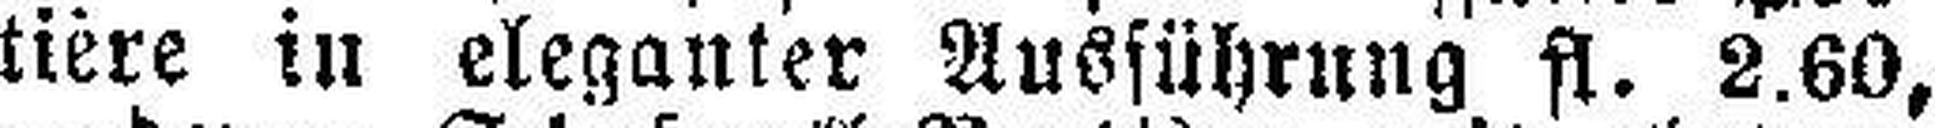
tière in eleganter Ausführung fl. 2.60,